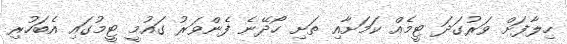
ހިލާފަށް ވަރުގަދަ ޓީމެއް ކަމަށާއި ތަށި ހޯދޭނެ ފެންވަރު ގައުމީ ޓީމުގައި އެބަހުރި